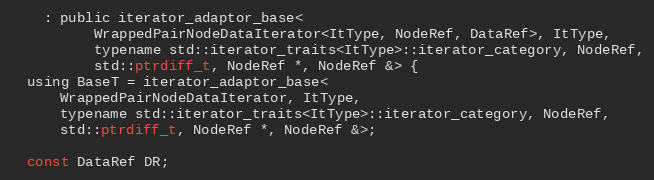
Language: C
    : public iterator_adaptor_base<
          WrappedPairNodeDataIterator<ItType, NodeRef, DataRef>, ItType,
          typename std::iterator_traits<ItType>::iterator_category, NodeRef,
          std::ptrdiff_t, NodeRef *, NodeRef &> {
  using BaseT = iterator_adaptor_base<
      WrappedPairNodeDataIterator, ItType,
      typename std::iterator_traits<ItType>::iterator_category, NodeRef,
      std::ptrdiff_t, NodeRef *, NodeRef &>;

  const DataRef DR;